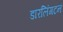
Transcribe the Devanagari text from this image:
डारलिंगटन